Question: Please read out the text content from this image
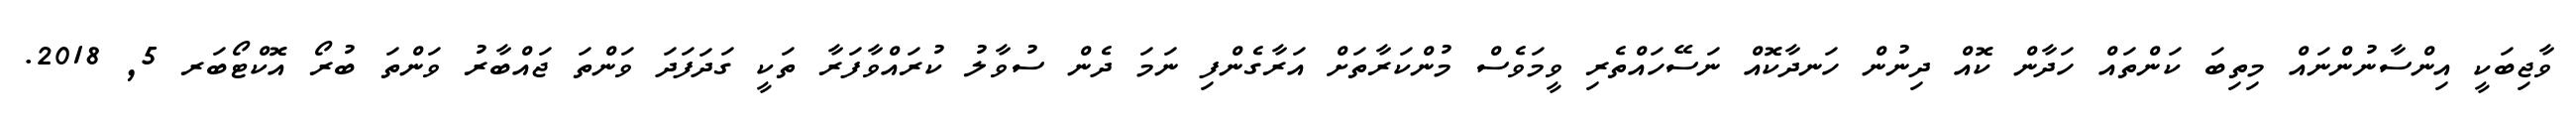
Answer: ވާޖިބަކީ އިންސާނުންނައް މިތިބަ ކަންތައް ހަދާން ކޮއް ދިނުން ހަނދާކޮއް ނަސޭހައްތެރި ވީމަވެސް މުންކަރާތަށް އަރާގެންފި ނަމަ ދެން ސުވާލު ކުރައްވާފަރާ ތަކީ ގަދަފަދަ ވަންތަ ޖައްބާރު ވަންތަ ބުރޯ އޮކްޓޯބަރ 5, 2018.